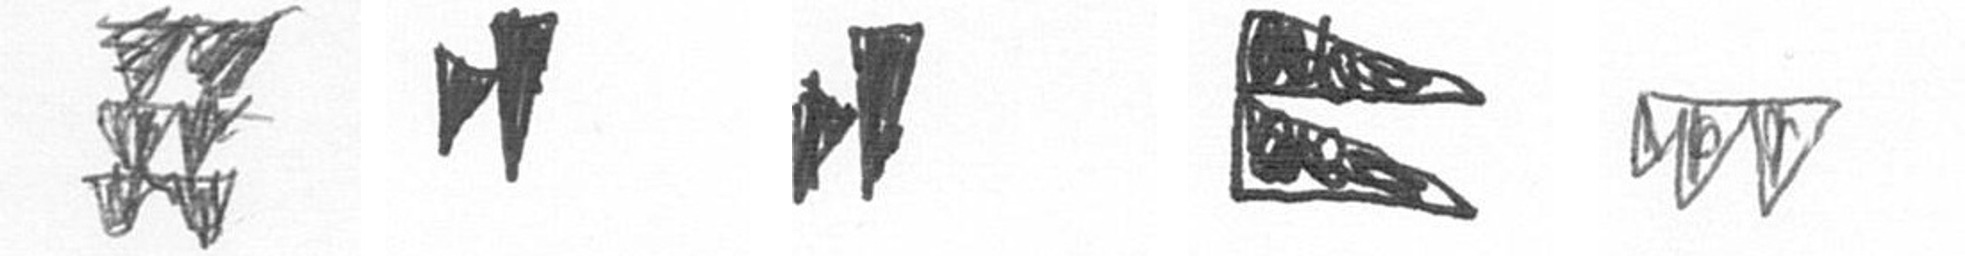
Y M M P L